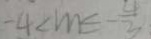
- 4 < m \leq - \frac { 4 } { 3 }